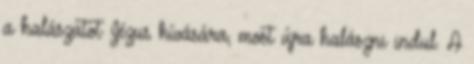
a halászatot Jézus hívására, most újra halászni indul. A